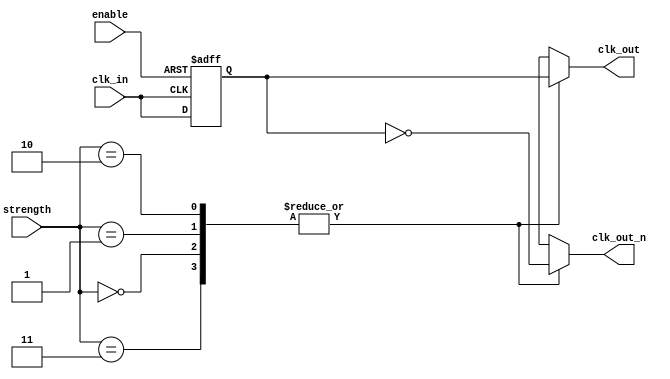
module low_power_clock_buffer (
    input wire clk_in,           // Input clock signal
    input wire enable,           // Enable signal for the buffer
    input wire [1:0] strength,   // Programmable output strength (00: low, 11: high)
    output wire clk_out,         // Single-ended clock output
    output wire clk_out_n        // Differential clock output (inverted)
);

/* 
   Parameters for rise and fall times based on programmable strength.
   These are placeholders and should be set according to technology used.
*/
parameter LOW_DRIVE_TIME = 2;   // Low drive rise/fall time
parameter MEDIUM_DRIVE_TIME = 1; // Medium drive rise/fall time
parameter HIGH_DRIVE_TIME = 0;   // High drive rise/fall time
parameter LOW_DRIVE_VOLTAGE = 1'b1; // Output level for low strength
parameter HIGH_DRIVE_VOLTAGE = 1'b0; // Output level for high strength

reg clk_buf; // Internal clock buffer

// Input Stage with Hysteresis
always @(posedge clk_in or negedge enable) begin
    if (!enable) begin
        clk_buf <= 1'b0; // When disabled, output low
    end else begin
        clk_buf <= clk_in; // Hysteresis could be applied here if needed
    end
end

// Buffer Stage with Power Optimization using output strength
always @(clk_buf or strength) begin
    case (strength)
        2'b00: begin // Low strength
            clk_out <= #(LOW_DRIVE_TIME) clk_buf; // Imply slower rise/fall time
            clk_out_n <= #(LOW_DRIVE_TIME) ~clk_buf; // Differential output
        end
        2'b01: begin // Medium strength
            clk_out <= #(MEDIUM_DRIVE_TIME) clk_buf;
            clk_out_n <= #(MEDIUM_DRIVE_TIME) ~clk_buf;
        end
        2'b10: begin // High strength
            clk_out <= #(HIGH_DRIVE_TIME) clk_buf;
            clk_out_n <= #(HIGH_DRIVE_TIME) ~clk_buf;
        end
        2'b11: begin // Full Strength (if applicable)
            clk_out <= #(HIGH_DRIVE_TIME) clk_buf;
            clk_out_n <= #(HIGH_DRIVE_TIME) ~clk_buf;
        end
        default: begin
            clk_out <= 1'bz; // High-Z state for invalid strength
            clk_out_n <= 1'bz; // High-Z state for invalid strength
        end
    endcase
end

endmodule